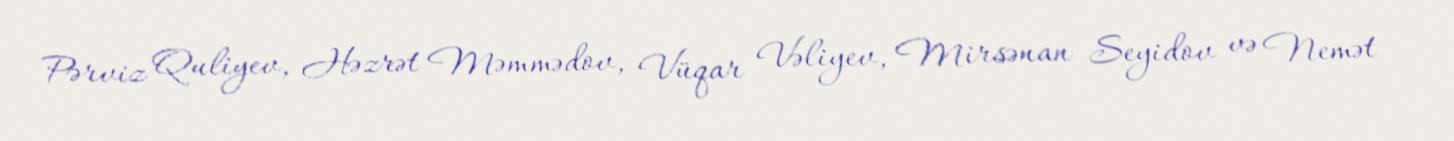
Pərviz Quliyev, Həzrət Məmmədov, Vüqar Vəliyev, Mirsənan Seyidov və Nemət